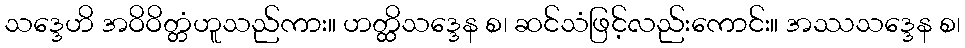
သဒ္ဒေဟိ အဝိဝိတ္တံဟူသည်ကား။ ဟတ္ထိသဒ္ဒေန စ၊ ဆင်သံဖြင့်လည်းကောင်း။ အဿသဒ္ဒေန စ၊